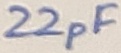
Text: 22pF